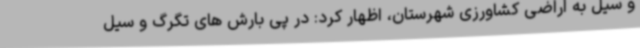
و سیل به اراضی کشاورزی شهرستان، اظهار کرد: در پی بارش های تگرگ و سیل